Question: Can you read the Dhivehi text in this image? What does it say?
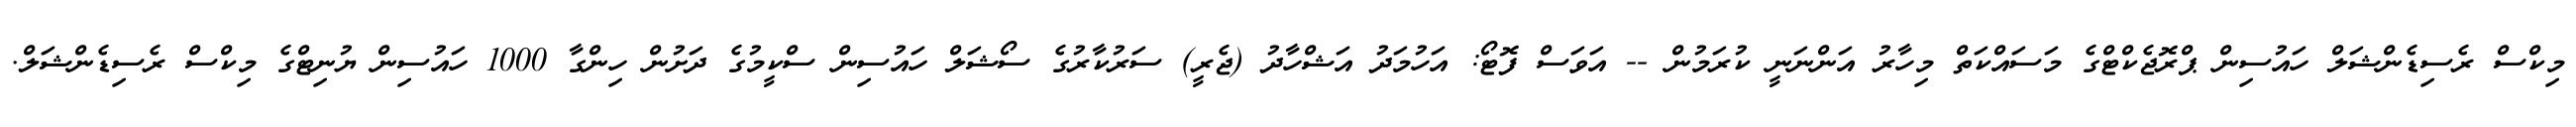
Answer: މިކްސް ރެސިޑެންޝަލް ހައުސިން ޕްރޮޖެކްޓްގެ މަސައްކަތް މިހާރު އަންނަނީ ކުރަމުން -- އަވަސް ފޮޓޯ: އަހުމަދު އަޝްހާދު (ޖެރީ) ސަރުކާރުގެ ސޯޝަލް ހައުސިން ސްކީމުގެ ދަށުން ހިންގާ 1000 ހައުސިން ޔުނިޓްގެ މިކްސް ރެސިޑެންޝަލް.